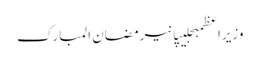
وزیراعظمبجلیپانیرمضان المبارک